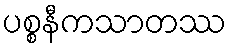
ပစ္စနီကသာတဿ